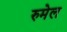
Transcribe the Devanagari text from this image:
रुमेल